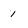
Character: 1